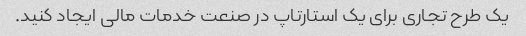
یک طرح تجاری برای یک استارتاپ در صنعت خدمات مالی ایجاد کنید.